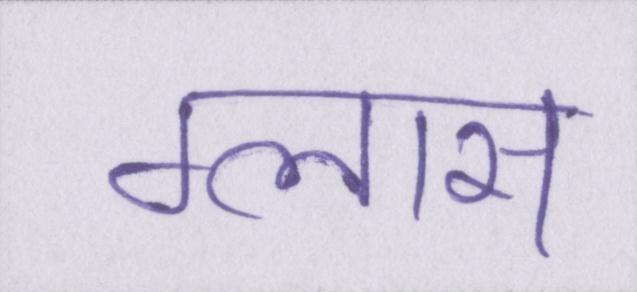
ग्लास